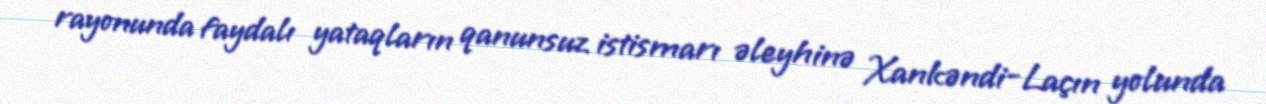
rayonunda faydalı yataqların qanunsuz istismarı əleyhinə Xankəndi-Laçın yolunda